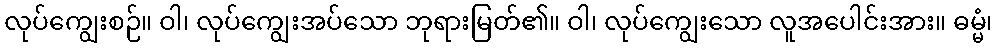
လုပ်ကျွေးစဉ်။ ဝါ၊ လုပ်ကျွေးအပ်သော ဘုရားမြတ်၏။ ဝါ၊ လုပ်ကျွေးသော လူအပေါင်းအား။ ဓမ္မံ၊